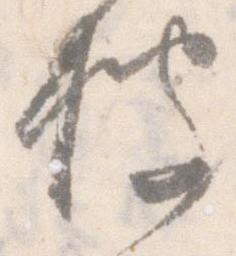
披